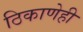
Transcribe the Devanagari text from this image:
ठिकाणेही